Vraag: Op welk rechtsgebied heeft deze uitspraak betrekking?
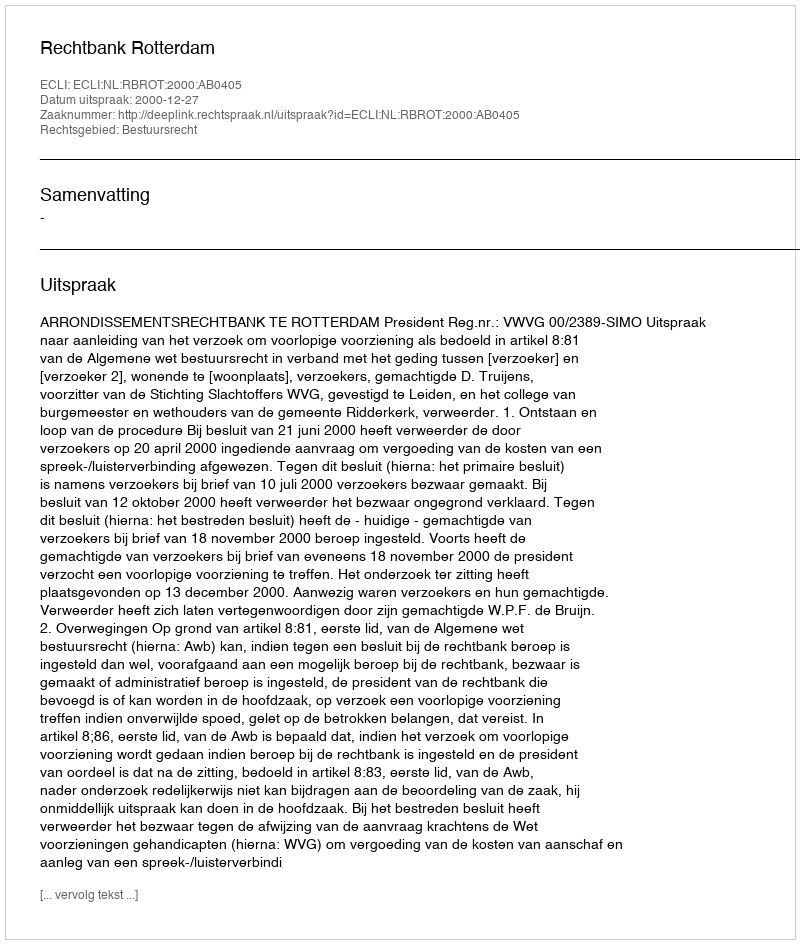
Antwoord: Bestuursrecht